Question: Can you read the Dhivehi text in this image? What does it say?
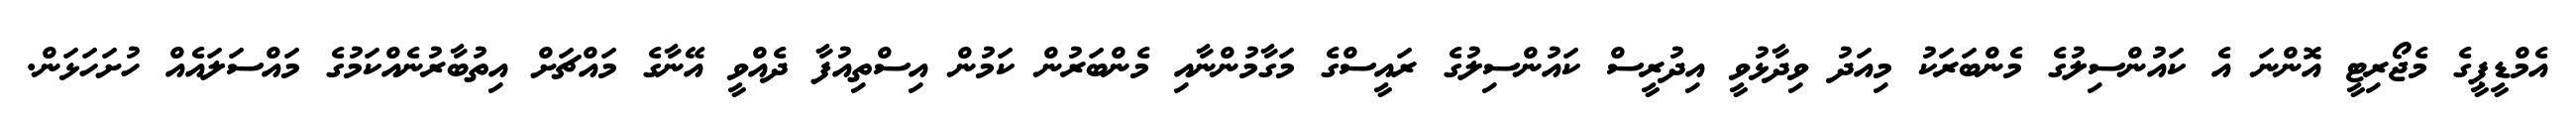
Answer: އެމްޑީޕީގެ މެޖޯރިޓީ އޮންނަ އެ ކައުންސިލުގެ މެންބަރަކު މިއަދު ވިދާޅުވީ އިދުރީސް ކައުންސިލުގެ ރައީސްގެ މަގާމުންނާއި މެންބަރުން ކަމުން އިސްތިއުފާ ދެއްވީ އޭނާގެ މައްޗަށް އިތުބާރުނެއްކަމުގެ މައްސަލައެއް ހުށަހަޅަން.